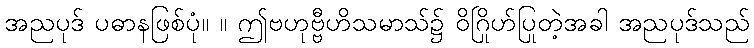
အညပုဒ် ပဓာနဖြစ်ပုံ။ ။ ဤဗဟုဗ္ဗီဟိသမာသ်၌ ဝိဂြိုဟ်ပြုတဲ့အခါ အညပုဒ်သည်